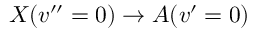
X ( v ^ { \prime \prime } = 0 ) \rightarrow A ( v ^ { \prime } = 0 )